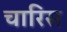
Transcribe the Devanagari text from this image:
चारिस